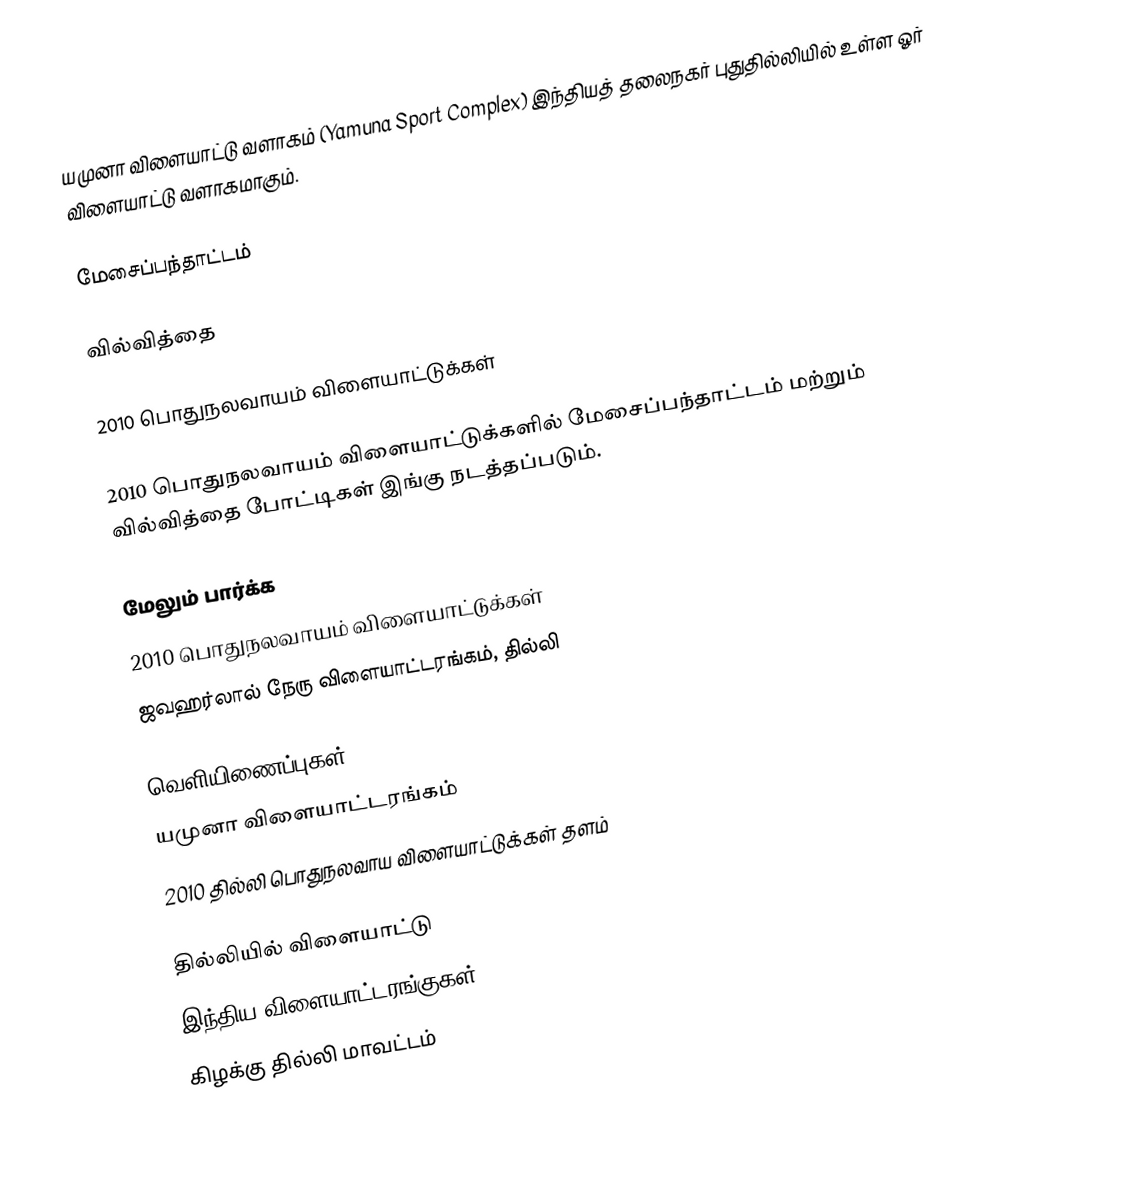
யமுனா விளையாட்டு வளாகம் (Yamuna Sport Complex) இந்தியத் தலைநகர் புதுதில்லியில் உள்ள ஓர் விளையாட்டு வளாகமாகும்.

மேசைப்பந்தாட்டம்

வில்வித்தை

2010 பொதுநலவாயம் விளையாட்டுக்கள்

2010 பொதுநலவாயம் விளையாட்டுக்களில் மேசைப்பந்தாட்டம் மற்றும் வில்வித்தை போட்டிகள் இங்கு நடத்தப்படும்.

மேலும் பார்க்க
 2010 பொதுநலவாயம் விளையாட்டுக்கள்
 ஜவஹர்லால் நேரு விளையாட்டரங்கம், தில்லி

வெளியிணைப்புகள்
யமுனா விளையாட்டரங்கம்
2010 தில்லி பொதுநலவாய விளையாட்டுக்கள் தளம்

தில்லியில் விளையாட்டு
இந்திய விளையாட்டரங்குகள்
கிழக்கு தில்லி மாவட்டம்